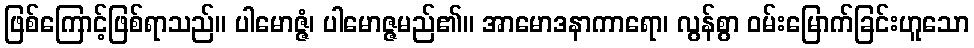
ဖြစ်ကြောင့်ဖြစ်ရာသည်။ ပါမောဇ္ဇံ၊ ပါမောဇ္ဇမည်၏။ အာမောဒနာကာရော၊ လွန်စွာ ဝမ်းမြောက်ခြင်းဟူသော